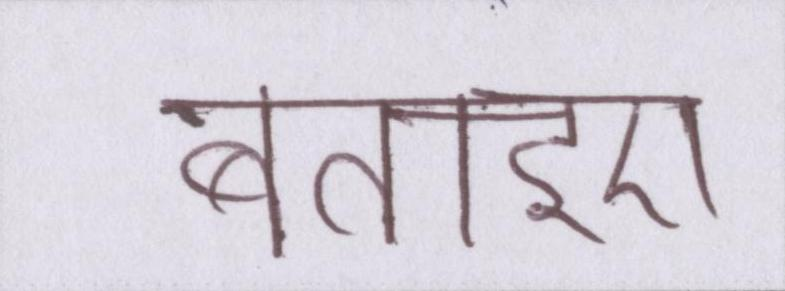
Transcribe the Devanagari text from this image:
बताइए